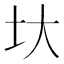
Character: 𡉑